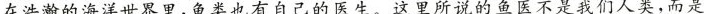
在浩瀚的海洋世界里，鱼类也有自己的医生。这里所说的鱼医不是我们人类，而是